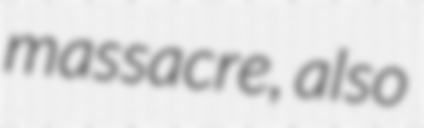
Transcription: massacre, also